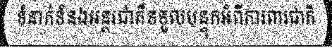
ទំនាក់ទំនងអន្តរជាតិទទួលបន្ទុកអំពីការពារជាតិ